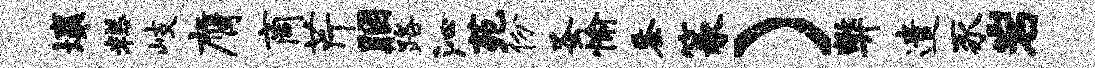
壤糕岐膺商芹胭路沁苑份蚤愉黍篆）弊遣豕岩